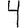
Digit: 4